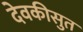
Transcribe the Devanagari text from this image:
देवकीसुत